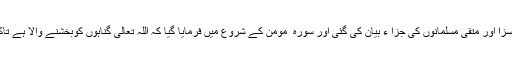
دوسری مناسبت یہ ہے کہ سورۂ زُمَر کے آخر میں کافروں کی سزا اور متقی مسلمانوں کی جزا ء بیان کی گئی اور سورہ ٔ مومن کے شروع میں فرمایا گیا کہ اللہ تعالیٰ گناہوں کوبخشنے والا ہے تاکہ کافر کو کفر چھوڑنے اور ایمان قبول کرنے کی ترغیب ملے۔